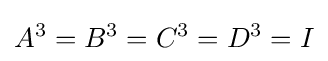
A^{3}=B^{3}=C^{3}=D^{3}=I